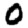
Digit: 0